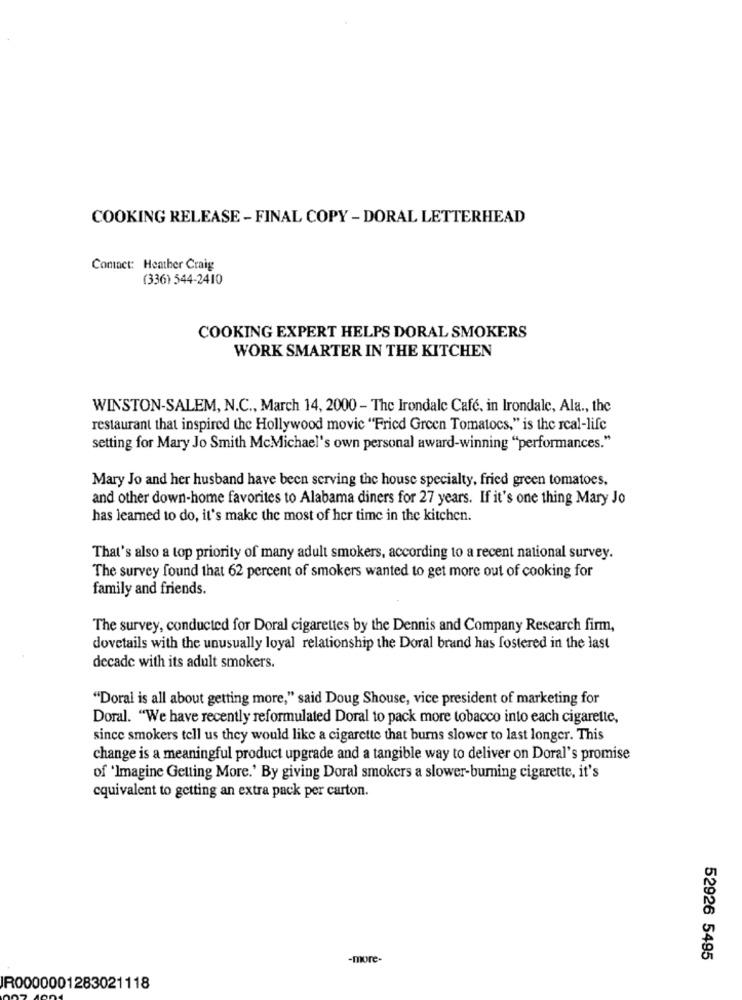
COOKING RELEASE - FINAL COPY - DORAL LETTERHEAD
Contact: Heather Craig
(336) 544-2410
COOKING EXPERT HELPS DORAL SMOKERS
WORK SMARTER IN THE KITCHEN
WINSTON-SALEM, N.C ., March 14, 2000 - The Irondale Café, in Irondale, Ala ., the
restaurant that inspired the Hollywood movie "Fried Green Tomatocs," is the real-life
setting for Mary Jo Smith McMichael's own personal award-winning "performances."
Mary Jo and her husband have been serving the house specialty, fried green tomatoes,
and other down-home favorites to Alabama diners for 27 years. If it's one thing Mary Jo
has learned to do, it's make the most of her time in the kitchen.
That's also a top priority of many adult smokers, according to a recent national survey.
The survey found that 62 percent of smokers wanted to get more out of cooking for
family and friends.
The survey, conducted for Doral cigarettes by the Dennis and Company Research firm,
dovetails with the unusually loyal relationship the Doral brand has fostered in the last
decade with its adult smokers.
"Doral is all about getting more," said Doug Shouse, vice president of marketing for
Doral. "We have recently reformulated Doral to pack more tobacco into each cigarette,
since smokers tell us they would like a cigarette that burns slower to last longer. This
change is a meaningful product upgrade and a tangible way to deliver on Doral's promise
of 'Imagine Getting More.' By giving Doral smokers a slower-burning cigarette, it's
equivalent to getting an extra pack per carton.
-more-
52926 5495
IR0000001283021118